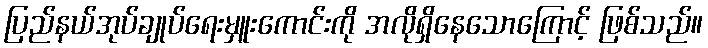
ပြည်နယ်အုပ်ချုပ်ရေးမှူးကောင်းကို အလိုရှိနေသောကြောင့် ဖြစ်သည်။